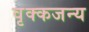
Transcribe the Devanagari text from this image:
वृक्कजन्य